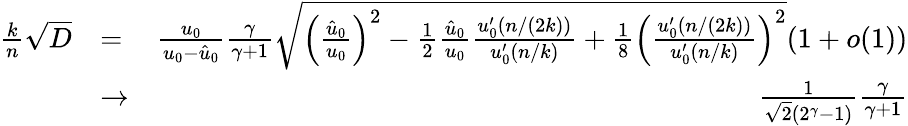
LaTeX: \begin{array}{rlr}{\frac{k}{n}\sqrt{D}}&{=}&{\frac{u_{0}}{u_{0}-\hat{u}_{0}}\frac{\gamma}{\gamma+1}\sqrt{\Big(\frac{\hat{u}_{0}}{u_{0}}\Big)^{2}-\frac{1}{2}\frac{\hat{u}_{0}}{u_{0}}\frac{u_{0}^{\prime}(n/(2k))}{u_{0}^{\prime}(n/k)}+\frac{1}{8}\Big(\frac{u_{0}^{\prime}(n/(2k))}{u_{0}^{\prime}(n/k)}\Big)^{2}}(1+o(1))}\\ &{\to}&{\frac{1}{\sqrt{2}(2^{\gamma}-1)}\frac{\gamma}{\gamma+1}}\end{array}